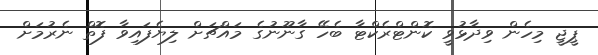
ޕީޖީ މިހެން ވިދާޅުވީ ކޮންޓްރެކްޓާ ބެހޭ ގާނޫނުގެ މައްޗަށް ލިޔެފައިވާ ފޮތް ނެރުމަށް